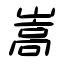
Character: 嵩